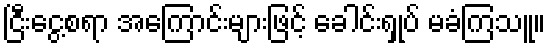
ငြီးငွေ့စရာ အကြောင်းများဖြင့် ခေါင်းရှုပ် မခံကြသူ။